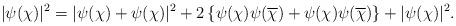
LaTeX: \begin{align*}|\psi(\chi)|^2 &= |\psi_{}(\chi) + \psi_{}(\chi)|^2 + 2\left\{\psi_{}(\chi) \psi_{}(\overline{\chi}) + \psi_{}(\chi) \psi_{}(\overline{\chi})\right\} + |\psi_{}(\chi)|^2.\end{align*}